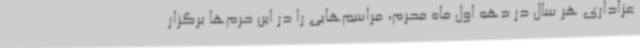
عزاداری هر سال در دهه اول ماه محرم، مراسم‌هایی را در این حرم‌ها برگزار